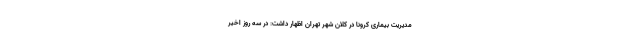
مدیریت بیماری کرونا در کلان شهر تهران اظهار داشت: در سه روز اخیر